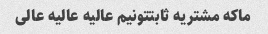
ماکه مشتریه ثابتتونیم عالیه عالیه عالی